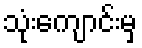
သုံးကျောင်းမှ